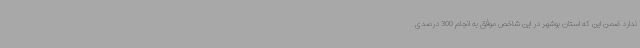
ندارد ضمن این که استان بوشهر در این شاخص موفق به انجام 300 درصدی